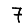
Digit: 7